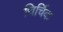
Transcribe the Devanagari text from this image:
चिर्चिक